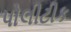
પોલીટીક